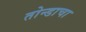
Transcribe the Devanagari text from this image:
तोन्डाचा